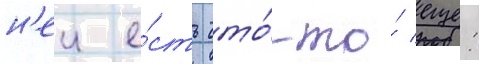
н'еи е́сть что́-то́ еще: